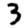
Digit: 3